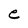
Character: e